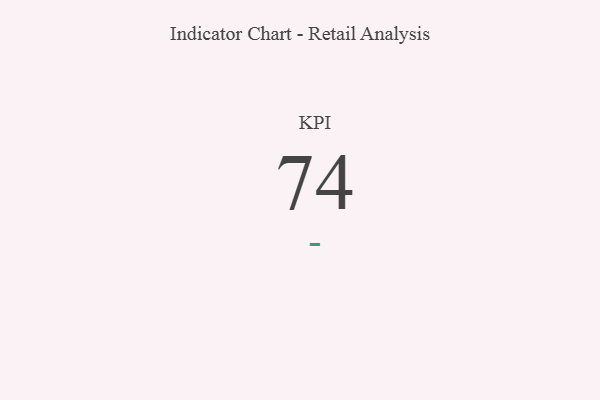
{"axis": {"x": "KPI", "y": "Value"}, "legend": [""], "data": [{"x": "KPI", "y": 74, "type": ""}]}